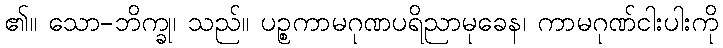
၏။ သော-ဘိက္ခု၊ သည်။ ပဉ္စကာမဂုဏပရိညာမုခေန၊ ကာမဂုဏ်ငါးပါးကို